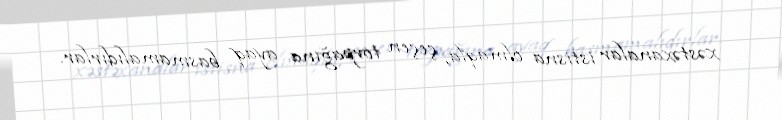
xəstəxanalar istisna olmaqla, çeçen torpağına ayaq basmamalıdırlar.